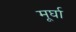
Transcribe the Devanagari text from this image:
मूर्घा